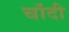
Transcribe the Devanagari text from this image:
चॉदी